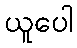
ယူပေါ